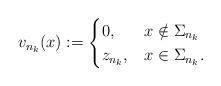
LaTeX: \begin{align*}v_{n_k}(x):= \begin{cases} 0, & x \notin \Sigma_{n_k} \\ z_{n_k}, & x \in \Sigma_{n_k}.\end{cases}\end{align*}